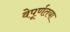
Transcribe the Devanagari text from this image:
वेपूर्णतया